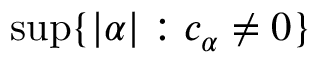
\operatorname* { s u p } \{ | \alpha | : c _ { \alpha } \neq 0 \}